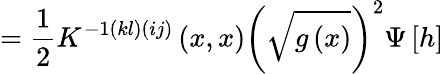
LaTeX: =\frac 12K^{-1\left(kl\right)\left(ij\right)}\left(x,x\right)\left(\sqrt{g\left(x\right)}\right)^{2}\Psi\left[h\right]